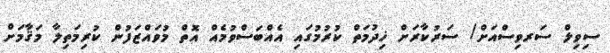
ސިވިލް ސަރވިސްއަށް/ ސަރުކާރަށް ޚިދުމަތް ކުރުމުގައި އެއްބަސްވުމެއް އޮތް މުވައްޒަފުން ކުރިމަތިލާ މަޤާމަށް